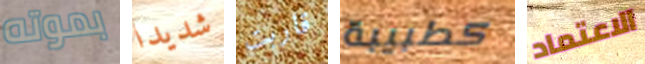
بموته شديدا قاربت كطبيبة الاعتماد